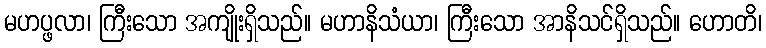
မဟပ္ဖလာ၊ ကြီးသော အကျိုးရှိသည်။ မဟာနိသံယာ၊ ကြီးသော အာနိသင်ရှိသည်။ ဟောတိ၊